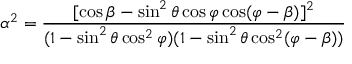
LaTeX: \alpha ^ { 2 } = \frac { [ \cos \beta - \sin ^ { 2 } \theta \cos \varphi \cos ( \varphi - \beta ) ] ^ { 2 } } { ( 1 - \sin ^ { 2 } \theta \cos ^ { 2 } \varphi ) ( 1 - \sin ^ { 2 } \theta \cos ^ { 2 } ( \varphi - \beta ) ) }